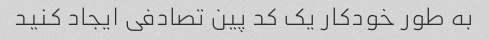
به طور خودکار یک کد پین تصادفی ایجاد کنید